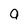
Character: g